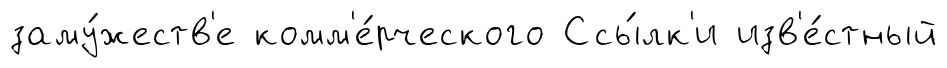
заму́жеств'е комм'е́рческого Ссы́лк'и изв'е́стный